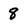
Character: 8